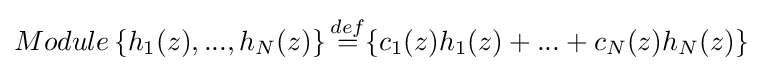
Module\left\{h_{1}(z),...,h_{N}(z)\right\}{\stackrel {def}{=}}\{c_{1}(z)h_{1}(z)+...+c_{N}(z)h_{N}(z)\}